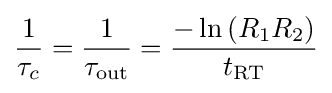
{\frac {1}{\tau _{c}}}={\frac {1}{\tau _{\rm {out}}}}={\frac {-\ln {(R_{1}R_{2})}}{t_{\rm {RT}}}}